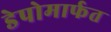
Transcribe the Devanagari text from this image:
डेपोमार्फत